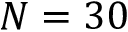
N = 3 0